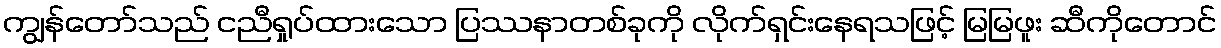
ကျွန်တော်သည် ငညီရှုပ်ထားသော ပြဿနာတစ်ခုကို လိုက်ရှင်းနေရသဖြင့် မြမြဖူး ဆီကိုတောင်